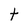
Character: t